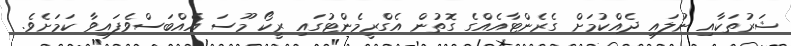
ޝަރުތަކާއި ނުލައި ދެއްކުމަށް ގެރެންޓާއެއްގެ ގޮތުން އެގްރީމެންޓުގައި ރީކޯ މޫސަ އެއްބަސްވެފައިވާ ކަމަށެވެ.